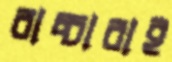
বাচ্চারাই